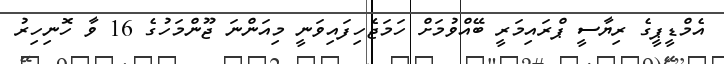
އެމްޑީޕީގެ ރިޔާސީ ޕްރައިމަރީ ބޭއްވުމަށް ހަމަޖެހިފައިވަނީ މިއަންނަ ޖޫންމަހުގެ 16 ވާ ހޮނިހިރު